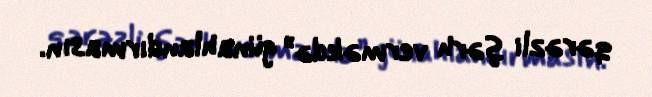
qərəzli şərh verməkdə” günahlandırmasın.